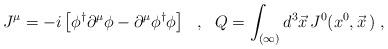
LaTeX: \begin{align*}J^\mu=-i\left[\phi^\dagger\partial^\mu\phi-\partial^\mu\phi^\dagger\phi\right]\ \ ,\ \ Q=\int_{(\infty)}d^3\vec{x}\,J^0(x^0,\vec{x}\,)\ ,\end{align*}